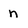
Character: n